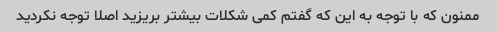
ممنون که با توجه به این که گفتم کمی شکلات بیشتر بریزید اصلا توجه نکردید